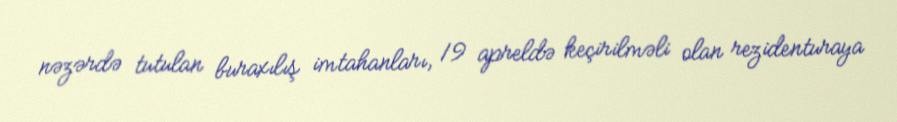
nəzərdə tutulan buraxılış imtahanları, 19 apreldə keçirilməli olan rezidenturaya